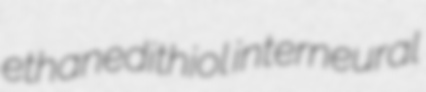
ethanedithiol interneural